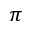
\pi